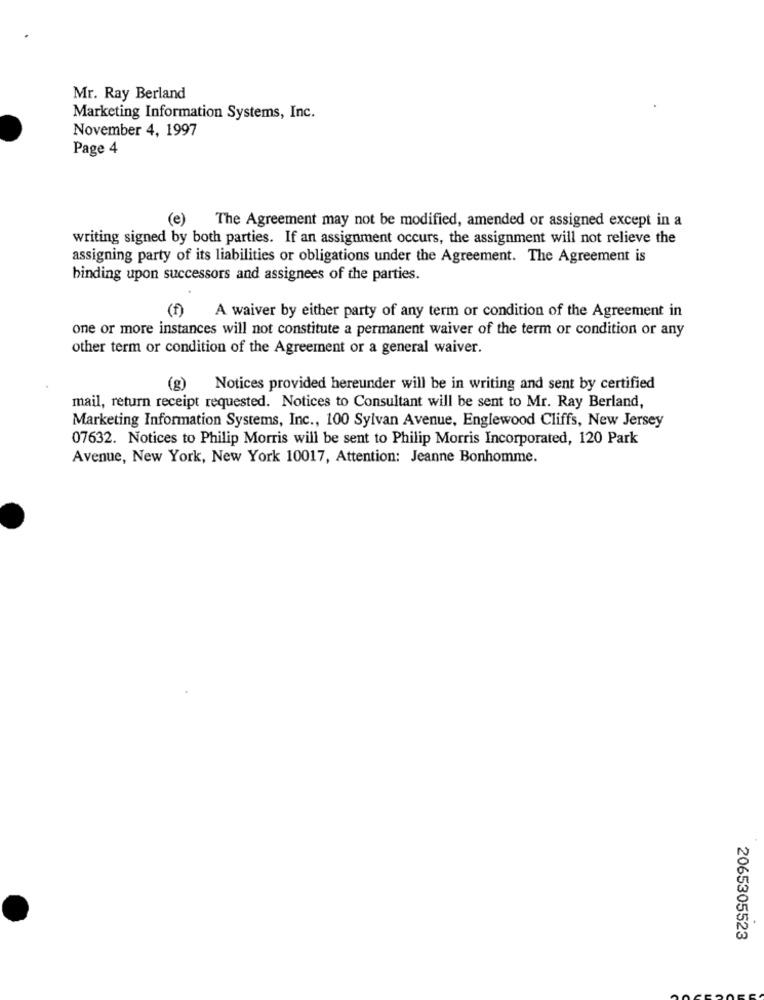
Mr. Ray Berland
Marketing Information Systems, Inc.
November 4, 1997
Page 4
(e)
The Agreement may not be modified, amended or assigned except in a
writing signed by both parties. If an assignment occurs, the assignment will not relieve the
assigning party of its liabilities or obligations under the Agreement. The Agreement is
binding upon successors and assignees of the parties.
(f)
A waiver by either party of any term or condition of the Agreement in
one or more instances will not constitute a permanent waiver of the term or condition or any
other term or condition of the Agreement or a general waiver.
(g) Notices provided hereunder will be in writing and sent by certified
mail, return receipt requested. Notices to Consultant will be sent to Mr. Ray Berland,
Marketing Information Systems, Inc ., 100 Sylvan Avenue, Englewood Cliffs, New Jersey
07632. Notices to Philip Morris will be sent to Philip Morris Incorporated, 120 Park
Avenue, New York, New York 10017, Attention: Jeanne Bonhomme.
2065305523